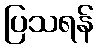
ပြသရန်